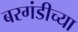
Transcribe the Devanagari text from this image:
बरगंडीच्या